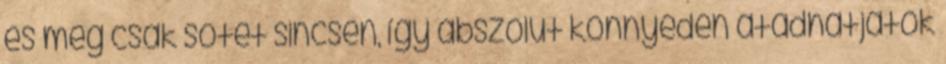
és még csak sötét sincsen, így abszolút könnyedén átadhatjátok